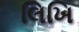
લિખિ